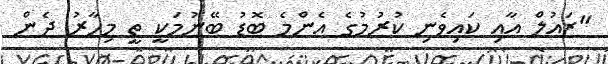
"ޒައުލް އާއި ކައިވެނި ކުރުމުގެ އެންމެ ބޮޑު ބޭނުމަކީ ތީ މިހާރު ދެން